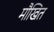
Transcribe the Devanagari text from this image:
मौखित